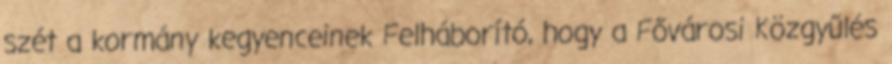
szét a kormány kegyenceinek Felháborító, hogy a Fővárosi Közgyűlés